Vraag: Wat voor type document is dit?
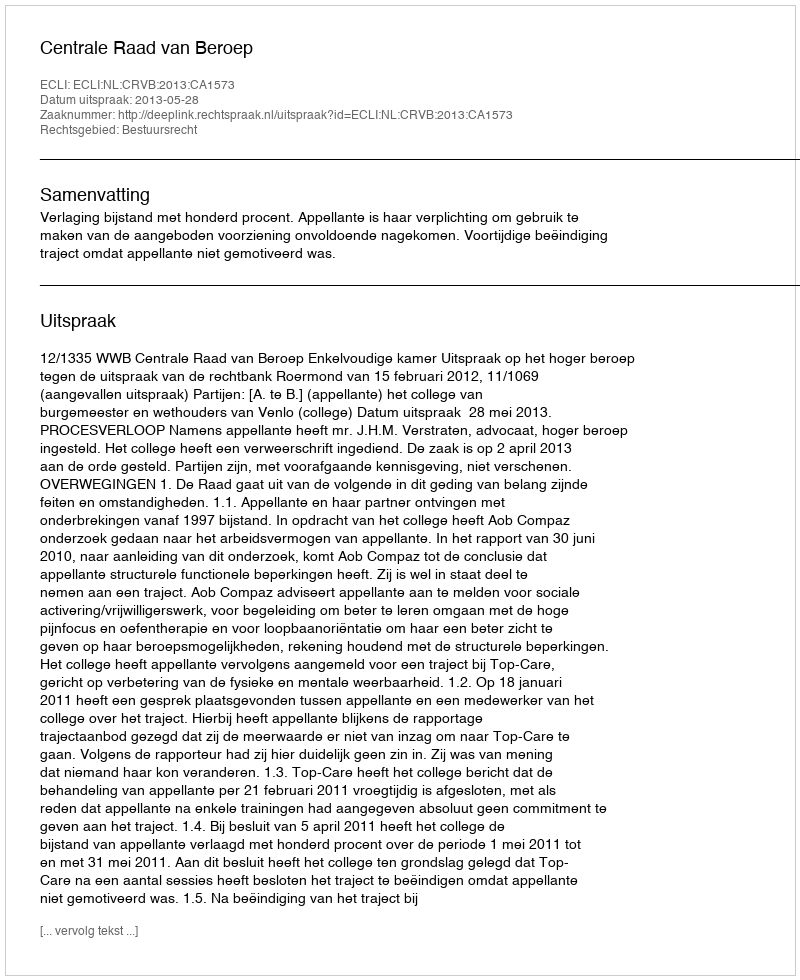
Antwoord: Uitspraak